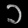
Digit: ၁